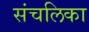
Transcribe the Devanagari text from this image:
संचलिका